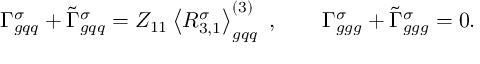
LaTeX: \Gamma _ { g q q } ^ { \sigma } + \widetilde { \Gamma } _ { g q q } ^ { \sigma } = Z _ { 1 1 } \left\langle R _ { 3 , 1 } ^ { \sigma } \right\rangle _ { g q q } ^ { ( 3 ) } \ , \qquad \Gamma _ { g g g } ^ { \sigma } + \widetilde { \Gamma } _ { g g g } ^ { \sigma } = 0 .